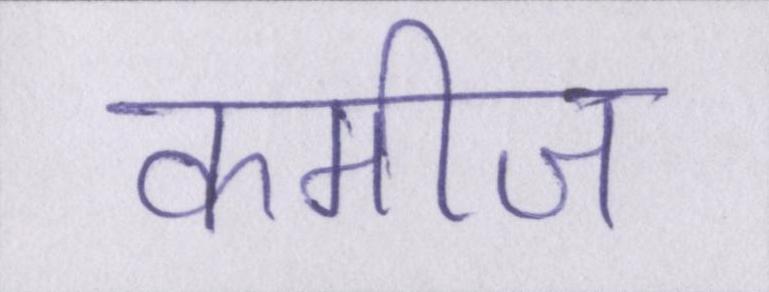
कमीज